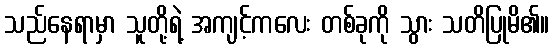
သည်နေရာမှာ သူတို့ရဲ့ အကျင့်ကလေး တစ်ခုကို သွား သတိပြုမိ၏။